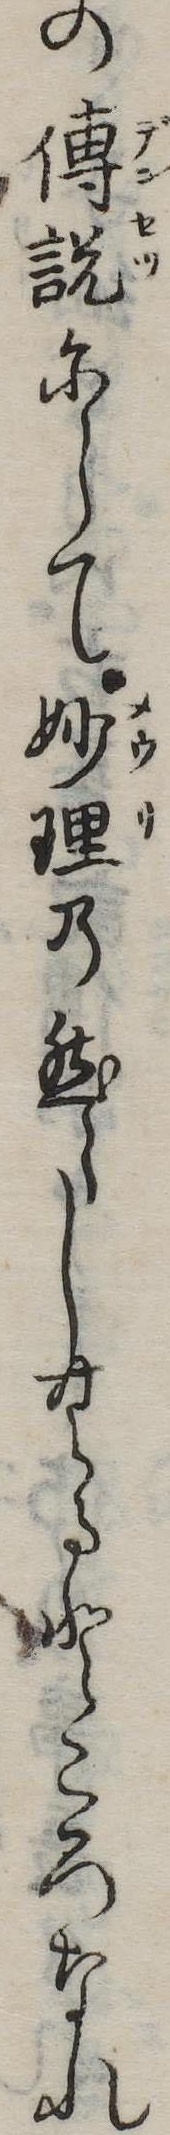
の伝説にして妙理の然らしむるところなれ